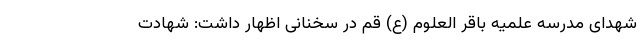
شهدای مدرسه علمیه باقر العلوم (ع) قم در سخنانی اظهار داشت: شهادت